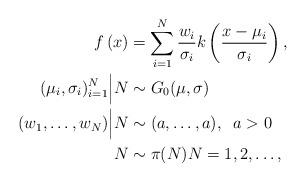
LaTeX: \begin{align*}f\left(x \right) & = \sum_{i=1}^N \frac{w_i}{\sigma_i}k\left(\frac{x-\mu_i}{\sigma_i}\right), \\(\mu_i,\sigma_i)_{i=1}^N \Big|N &\stackrel{}{\sim} G_0(\mu,\sigma) \\(w_1,\ldots,w_N) \Big| N &\sim (a,\ldots,a), \;\; a>0 \\N &\sim \pi(N) N =1,2,\ldots ,\end{align*}